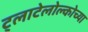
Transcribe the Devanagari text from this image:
ट्लाटेलोल्कोच्या